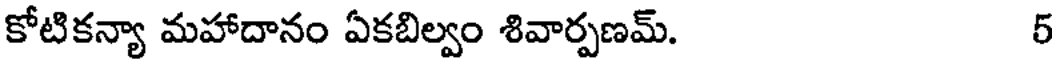
కోటికన్యా మహాదానం ఏకబిల్వం శివార్పణమ్. 5